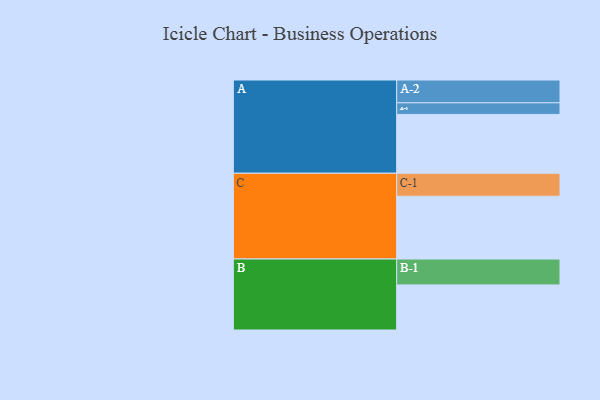
{"axis": {"x": "Segment", "y": "Value"}, "legend": ["", "A", "B", "C"], "data": [{"x": "A", "y": 542, "type": ""}, {"x": "B", "y": 415, "type": ""}, {"x": "C", "y": 578, "type": ""}, {"x": "A-1", "y": 107, "type": "A"}, {"x": "A-2", "y": 210, "type": "A"}, {"x": "B-1", "y": 239, "type": "B"}, {"x": "C-1", "y": 212, "type": "C"}]}